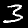
Digit: 3